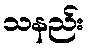
သနည်း